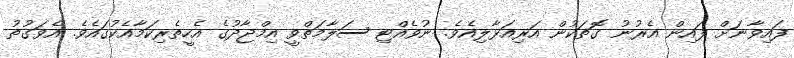
ފައިވާނަށް ފައިން އެރުނު ގޮތަކުން އަރިއަޅާލިއެވެ. ނުވެއްޓި ސަލާމަތްވީ އިމްޖާދުގެ އެހީތެރިކަމާއެކުގައެވެ. އެވަގުތު